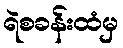
ရဲစခန်းထံမှ